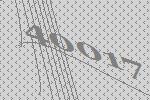
40017